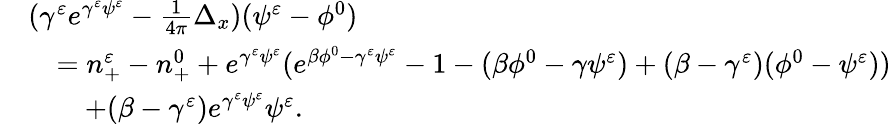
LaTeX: \begin{array}{rl}&{(\gamma^{\varepsilon}e^{\gamma^{\varepsilon}\psi^{\varepsilon}}-\frac{1}{4\pi}\Delta_{x})(\psi^{\varepsilon}-\phi^{0})}\\ &{\quad=n_{+}^{\varepsilon}-n_{+}^{0}+e^{\gamma^{\varepsilon}\psi^{\varepsilon}}(e^{\beta\phi^{0}-\gamma^{\varepsilon}\psi^{\varepsilon}}-1-(\beta\phi^{0}-\gamma\psi^{\varepsilon})+(\beta-\gamma^{\varepsilon})(\phi^{0}-\psi^{\varepsilon}))}\\ &{\quad\quad+(\beta-\gamma^{\varepsilon})e^{\gamma^{\varepsilon}\psi^{\varepsilon}}\psi^{\varepsilon}.}\end{array}